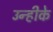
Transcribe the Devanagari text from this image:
उन्हीके